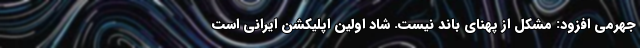
جهرمی افزود: مشکل از پهنای باند نیست. شاد اولین اپلیکشن ایرانی است